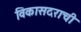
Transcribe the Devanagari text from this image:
विकासदराची